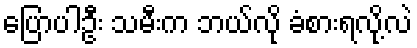
ပြောပါဦး သမီးက ဘယ်လို ခံစားရလို့လဲ